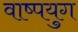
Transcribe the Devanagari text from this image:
वाष्पयुग